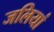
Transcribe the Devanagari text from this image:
जलियां